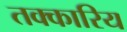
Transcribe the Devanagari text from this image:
तक्कारिय